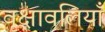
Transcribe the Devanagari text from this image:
वृक्षावलियाँ